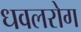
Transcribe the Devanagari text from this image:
धवलरोग